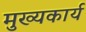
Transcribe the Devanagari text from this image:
मुख्यकार्य